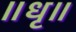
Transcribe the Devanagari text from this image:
॥धृ॥